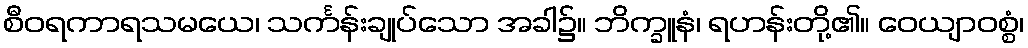
စီဝရကာရသမယေ၊ သင်္ကန်းချုပ်သော အခါ၌။ ဘိက္ခူနံ၊ ရဟန်းတို့၏။ ဝေယျာဝစ္စံ၊